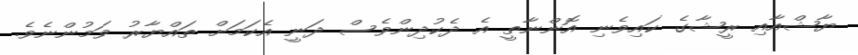
ޔާޝްއާއި ރީޝާގެ ކައިވެނި އޮންނާތީ އެ ދެކުދިންވެސް ދަނީ އެކަމަށް ތައްޔާރު ވަމުންނެވެ.